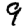
Digit: 9